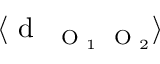
\langle \textrm { d } _ { \mathrm { ~ \scriptsize ~ O ~ } _ { 1 } \mathrm { ~ \scriptsize ~ O ~ } _ { 2 } } \rangle